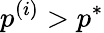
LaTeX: p^{(i)}>p^{*}